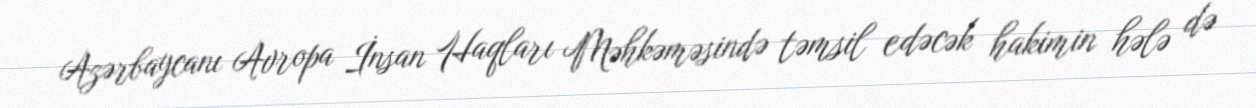
Azərbaycanı Avropa İnsan Haqları Məhkəməsində təmsil edəcək hakimin hələ də